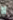
لا